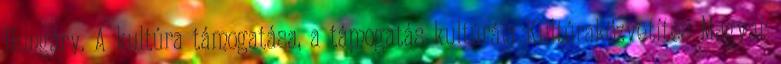
Hungary. A kultúra támogatása, a támogatás kultúrája Kultúraközvetítés Magyar